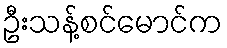
ဦးသန့်စင်မောင်က